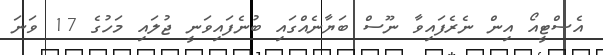
އެސްޓީއޯ އިން ނެރެފައިވާ ނޫސް ބަޔާނެއްގައި ބުނެފައިވަނީ ޖުލައި މަހުގެ 17 ވަނަ